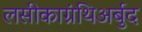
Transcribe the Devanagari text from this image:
लसीकाग्रंथिअर्बुद